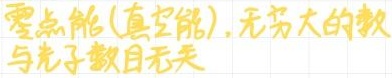
零点能(真空能), 无穷大的数与光子数目无关